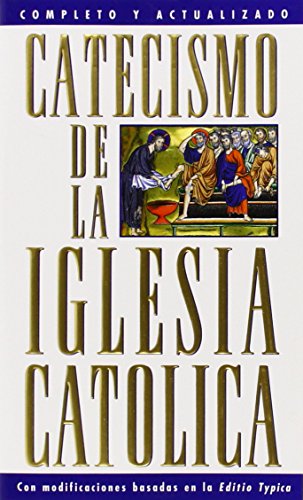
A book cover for Span:Catechism of the Catholic Church (Spanish Edition); U.S. Catholic Church; Christian Books & Bibles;